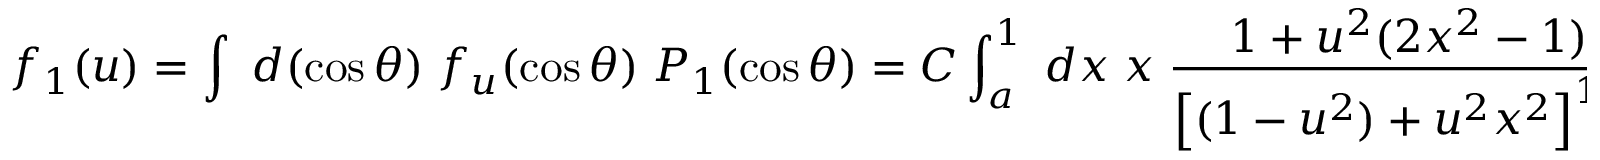
f _ { 1 } ( u ) = \int \; d ( \cos \theta ) \; f _ { u } ( \cos \theta ) \; P _ { 1 } ( \cos \theta ) = C \int _ { a } ^ { 1 } \; d x \; x \; \frac { 1 + u ^ { 2 } ( 2 x ^ { 2 } - 1 ) } { \left[ ( 1 - u ^ { 2 } ) + u ^ { 2 } x ^ { 2 } \right] ^ { 1 / 2 } }